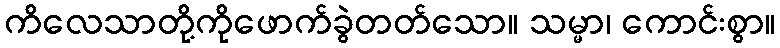
ကိလေသာတို့ကိုဖောက်ခွဲတတ်သော။ သမ္မာ၊ ကောင်းစွာ။